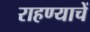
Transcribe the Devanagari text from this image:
राहण्याचें